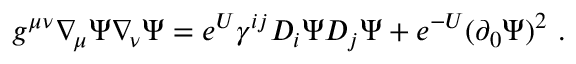
g ^ { \mu \nu } \nabla _ { \! \mu } \Psi \nabla _ { \! \nu } \Psi = e ^ { U } \gamma ^ { i j } D _ { i } \Psi D _ { j } \Psi + e ^ { - U } ( \partial _ { 0 } \Psi ) ^ { 2 } \ .